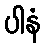
ပါနံ